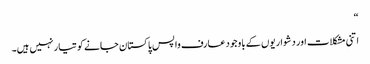
“
اتنی مشکلات اور دشواریوں کے باوجود عارف واپس پاکستان جانے کو تیار نہیں ہیں۔